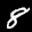
Label: 8